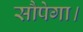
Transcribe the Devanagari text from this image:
सौपेगा।